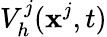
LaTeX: V_{h}^{j}(\textbf{x}^{j},t)